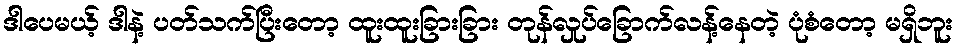
ဒါပေမယ့် ဒါနဲ့ ပတ်သက်ပြီးတော့ ထူးထူးခြားခြား တုန်လှုပ်ခြောက်လန့်နေတဲ့ ပုံစံတော့ မရှိဘူး